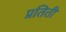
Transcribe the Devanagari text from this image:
प्रतिती